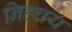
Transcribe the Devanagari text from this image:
निह्चय